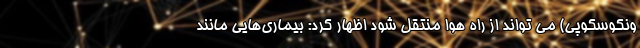
ونکوسکوپی) می تواند از راه هوا منتقل شود اظهار کرد: بیماری‌هایی مانند